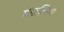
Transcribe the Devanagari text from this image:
मंडालिया